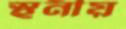
স্থনীয়